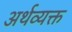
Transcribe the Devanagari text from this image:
अर्थव्यक्त